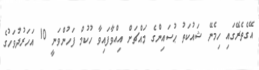
އޭގެތެރޭގައި ހިމެނޭ ޝައުކަތު ޙުސައިންގެ މައްޗަށް އިއްވާފައިވާ ހުކުމް ފަހުންވަނީ 10 އަހަރުދުވަހުގެ